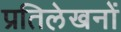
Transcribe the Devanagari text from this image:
प्रतिलेखनों